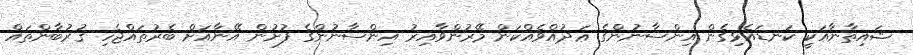
ޝައިޠާނާއަކީ ކަނޑައެޅިގެން އިންސާނުންގެ ޢަދުއްވެއްކަން މޭރުންވާއިރު އިންސާނުންގެ ފުށުން އޭނާއަށް ބެރުތައްޖެހި ޤުރުބާންތައް